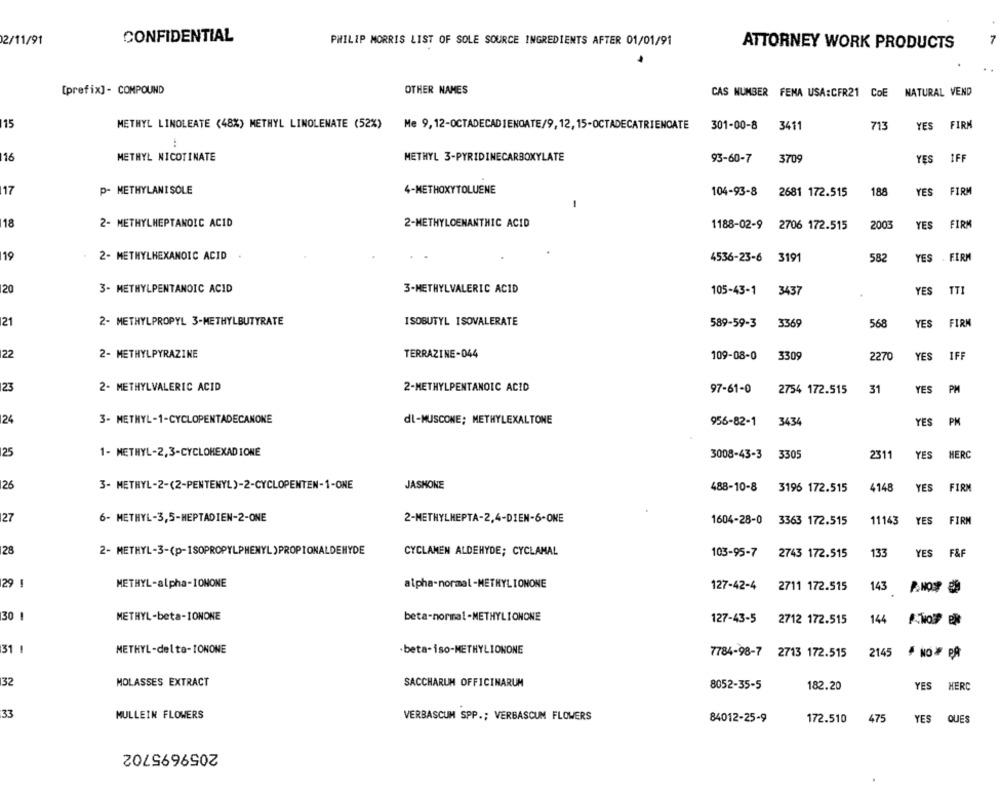
2/11/91
CONFIDENTIAL
PHILIP MORRIS LIST OF SOLE SOURCE INGREDIENTS AFTER 01/01/91
ATTORNEY WORK PRODUCTS
[prefix]- COMPOUND
OTHER NAMES
CAS NUMBER FEMA USA:CFR21 CoE
NATURAL VEND
15
METHYL LINOLEATE (48%) METHYL LINOLENATE (52%)
Me 9,12-OCTADECADIENOATE/9, 12,15-OCTADECATRIENCATE
301-00-8
3411
713
YES
FIRM
116
METHYL NICOTINATE
METHYL 3-PYRIDINECARBOXYLATE
93-60-7
3709
YES
IFF
17
P- METHYLANI SOLE
4-METHOXYTOLUENE
188
FIRM
104-93-8
2681 172.515
YES
-
18
FIR
2- METHYLHEPTANOIC ACID
2-METHYLOENANTHIC ACID
1188-02-9 2706 172.515
2003
YES
19
2- METHYLHEXANOIC ACID
4536-23-6
582
YES
FIRM
120
3- METHYLPENTANOIC ACID
3-METHYLVALERIC ACID
105-43-1
343
YES
121
2- METHYLPROPYL 3-METHYLBUTYRATE
ISOBUTYL ISOVALERATE
589-59-3
3369
568
YES
FIRI
122
2- METHYLPYRAZINE
TERRAZINE-044
109-08-0
3309
2270
YES
IFF
123
2- METHYLVALERIC ACID
2-METHYLPENTANOIC ACID
97-61-0
2754 172.515
31
YES
PM
124
3- METHYL-1-CYCLOPENTADECANONE
dl-MUSCONE; METHYLEXALTONE
YES
PM
956-82-1
3434
125
1- METHYL-2,3-CYCLOHEXADIONE
HERC
3008-43-3 3305
2311
YES
26
3- METHYL-2-(2-PENTENYL)-2-CYCLOPENTEN-1-ONE
JASHONE
488-10-8
3196 172.515
4148
YES
FIRM
27
6- METHYL-3,5-HEPTADIEN-2-ONE
2-METHYLHEPTA-2,4-DIEN-6-ONE
1604-28-0
3363 172.515
11143
YES
FIRM
28
2- METHYL-3-(p-ISOPROPYLPHENYL)PROPIONALDEHYDE
CYCLAMEN ALDEHYDE; CYCLAMAL
103-95-7
2743 172.515
133
YES
F&F
29 !
METHYL-alpha-IONONE
alpha-normal-METHYLIONONE
127-42-4
2711 172.515
143
P.NOSP 9
30 1
METHYL-beta-IONONE
beta-normal-METHYLIONONE
127-43-5
144
2712 172.515
31 1
METHYL-delta-IONONE
-beta-iso-METHYLIONONE
7784-98-7 2713 172.515
2145
NO PA
32
MOLASSES EXTRACT
SACCHARUM OFFICINARUM
8052-35-5
182.20
YES
HERC
33
MULLEIN FLOWERS
VERBASCUM SPP .; VERBASCUM FLOWERS
84012-25-9
172.510
475
YES
QUES
2059695702